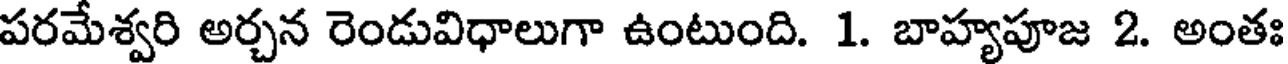
పరమేశ్వరి అర్చన రెండువిధాలుగా ఉంటుంది. 1. బాహ్యపూజ 2. అంతః